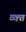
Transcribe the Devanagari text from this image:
व्क्त